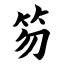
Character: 笏